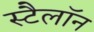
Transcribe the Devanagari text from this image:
स्टैलॉन